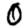
Digit: 0